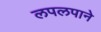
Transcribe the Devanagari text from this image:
लपलपाने